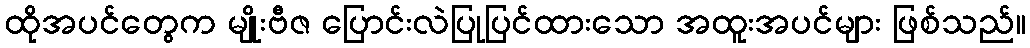
ထိုအပင်တွေက မျိုးဗီဇ ပြောင်းလဲပြုပြင်ထားသော အထူးအပင်များ ဖြစ်သည်။